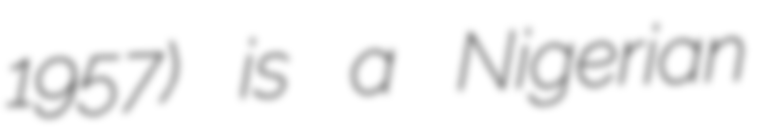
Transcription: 1957) is a Nigerian